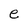
Character: e